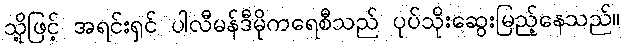
သို့ဖြင့် အရင်းရှင် ပါလီမန်ဒီမိုကရေစီသည် ပုပ်သိုးဆွေးမြည့်နေသည်။